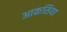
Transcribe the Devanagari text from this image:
आकसिया